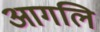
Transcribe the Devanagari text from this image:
आगलि